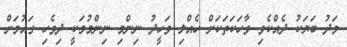
މަދު ބަޔަކު ދެއްކެވި ވާހަކަތަކަށް ހެއްލި ވަހީދު ނިންމި ނިންމުމަކީ ދިވެހި ގައުމަށް